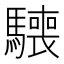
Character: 𩦌